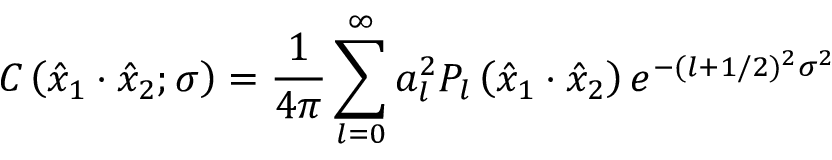
C \left( \hat { x } _ { 1 } \cdot \hat { x } _ { 2 } ; \sigma \right) = { \frac { 1 } { 4 \pi } } \sum _ { l = 0 } ^ { \infty } a _ { l } ^ { 2 } P _ { l } \left( \hat { x } _ { 1 } \cdot \hat { x } _ { 2 } \right) e ^ { - ( l + 1 / 2 ) ^ { 2 } \sigma ^ { 2 } }